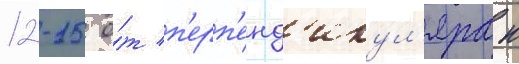
12-15 о́т п'ерп'енд'икул'яра к